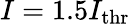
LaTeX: I=1.5I_{\mathrm{thr}}